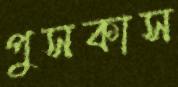
পুসকাস